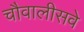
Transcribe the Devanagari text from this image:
चौवालीसवे